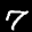
Label: 7